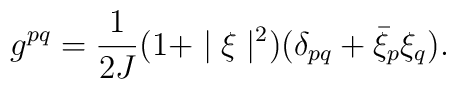
g^{pq}=\frac{1}{2J}(1+\mid\xi\mid^2)(\delta_{pq}+{\bar \xi}_p\xi_q).